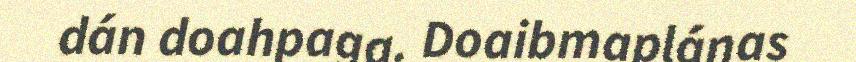
dán doahpaga. Doaibmaplánas